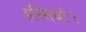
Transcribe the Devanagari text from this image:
हस्तियां।